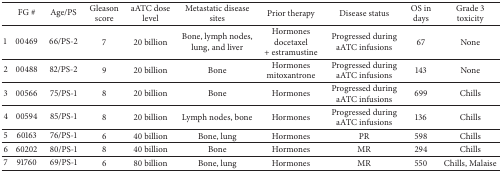
<table><thead><tr><td><b> </b></td><td><b>FG #</b></td><td><b>Age/PS</b></td><td><b>Gleasonscore</b></td><td><b>aATC dose level</b></td><td><b>Metastatic disease sites</b></td><td><b>Prior therapy</b></td><td><b>Disease status</b></td><td><b>OS in days</b></td><td><b>Grade 3 toxicity</b></td></tr></thead><tbody><tr><td>1</td><td>00469</td><td>66/PS-2</td><td>7</td><td>20 billion</td><td>Bone, lymph nodes, lung, and liver</td><td>Hormonesdocetaxel + estramustine</td><td>Progressed during aATC infusions</td><td>67</td><td>None</td></tr><tr><td>2</td><td>00488</td><td>82/PS-2</td><td>9</td><td>20 billion</td><td>Bone</td><td>Hormonesmitoxantrone</td><td>Progressed during aATC infusions</td><td>143</td><td>None</td></tr><tr><td>3</td><td>00566</td><td>75/PS-1</td><td>8</td><td>20 billion</td><td>Bone</td><td>Hormones</td><td>Progressed during aATC infusions</td><td>699</td><td>Chills</td></tr><tr><td>4</td><td>00594</td><td>85/PS-1</td><td>8</td><td>20 billion</td><td>Lymph nodes, bone</td><td>Hormones</td><td>Progressed during aATC infusions</td><td>136</td><td>Chills</td></tr><tr><td>5</td><td>60163</td><td>76/PS-1</td><td>6</td><td>40 billion</td><td>Bone, lung</td><td>Hormones</td><td>PR </td><td>598</td><td>Chills</td></tr><tr><td>6</td><td>60202</td><td>80/PS-1</td><td>8</td><td>40 billion</td><td>Bone</td><td>Hormones</td><td>MR</td><td>294</td><td>Chills</td></tr><tr><td>7</td><td>91760</td><td>69/PS-1</td><td>6</td><td>80 billion</td><td>Bone, lung</td><td>Hormones</td><td>MR</td><td>550</td><td>Chills, Malaise</td></tr></tbody></table>